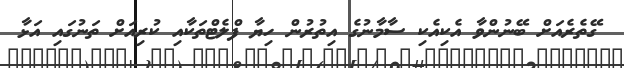
ގޭތެރެއަށް ބޭނުންވާ އެކިއެކި ސާމާނުގެ އިތުރުން ހިޔާ ފްލެޓްތަކާއި ކުރިއަށް ތަނުގައި އަޅާ